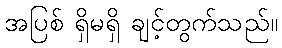
အပြစ် ရှိမရှိ ချင့်တွက်သည်။